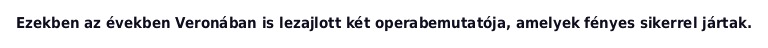
Ezekben az években Veronában is lezajlott két operabemutatója, amelyek fényes sikerrel jártak.